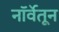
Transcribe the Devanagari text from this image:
नॉर्वेतून